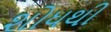
શોધથી